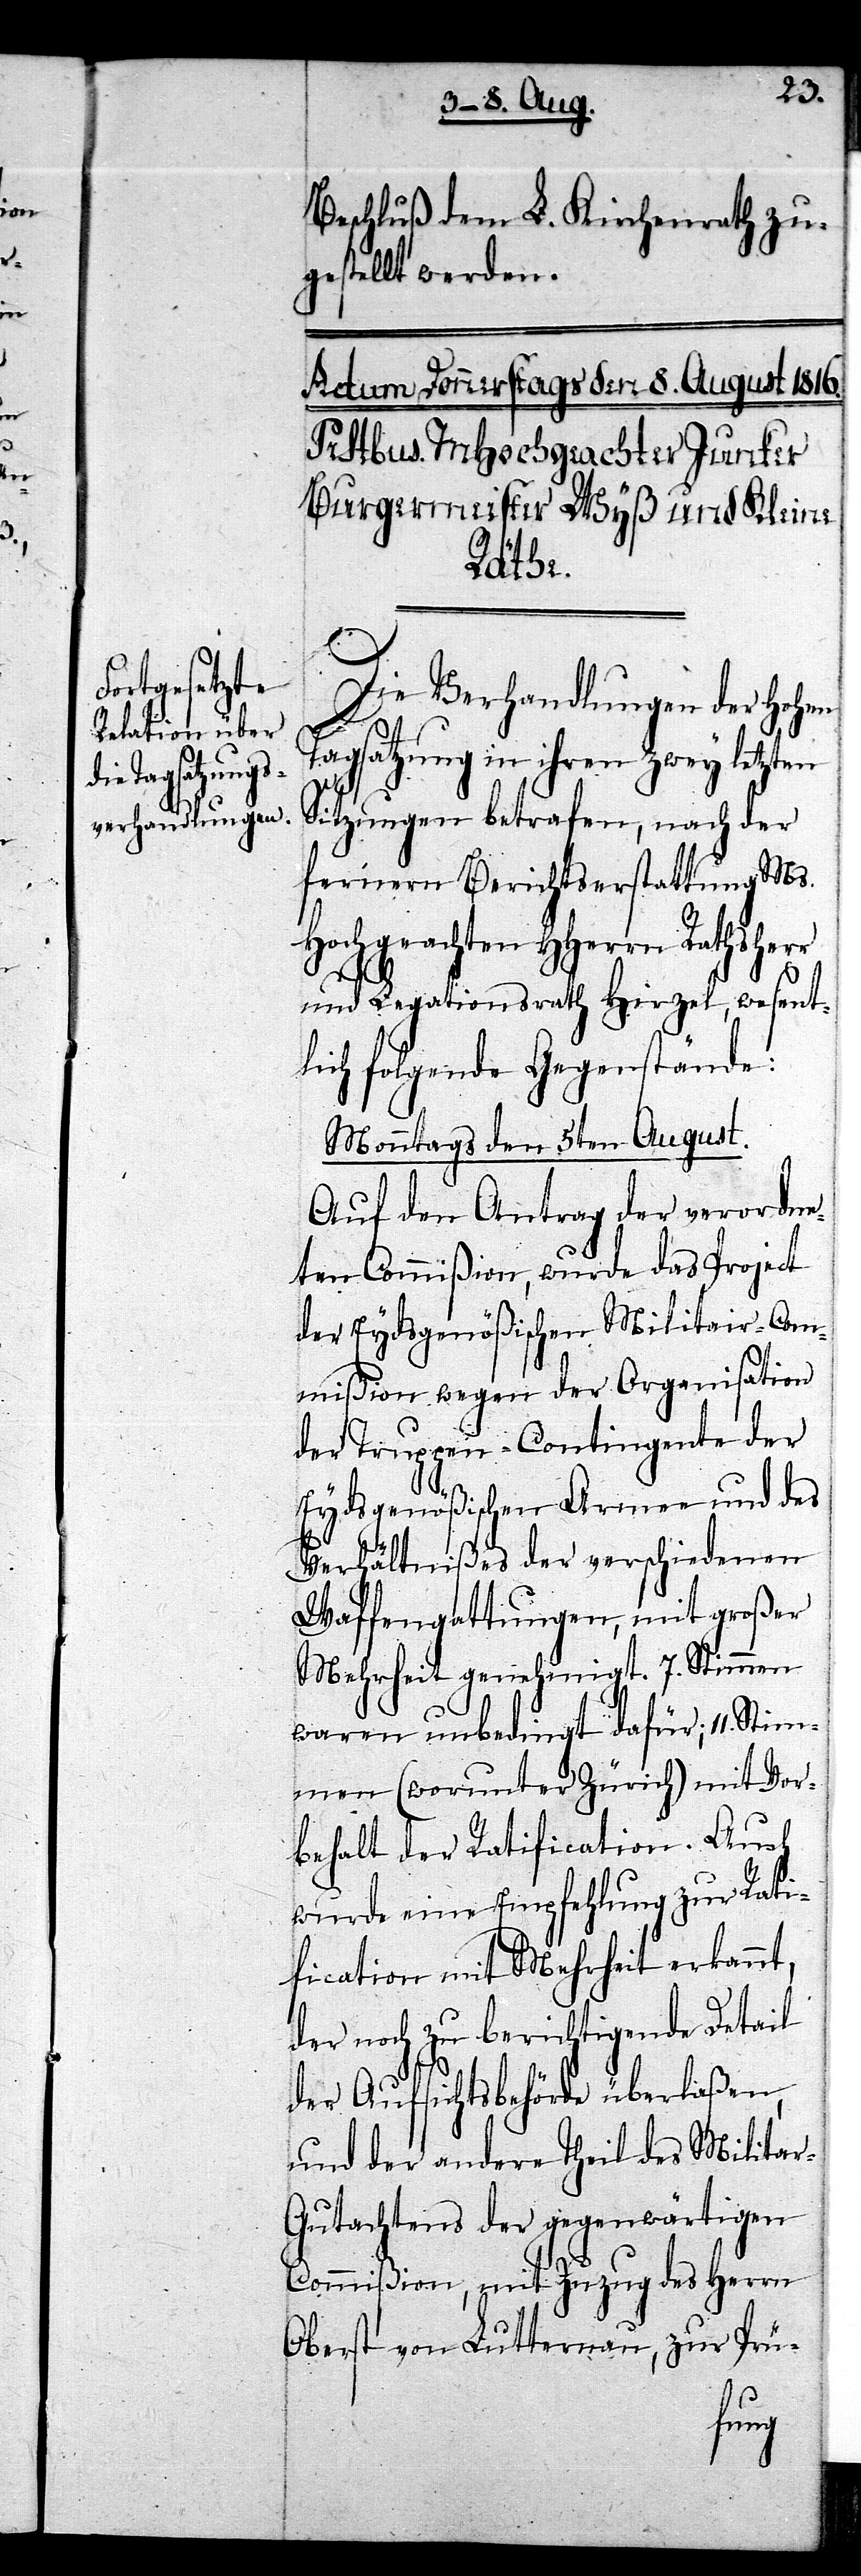
Beschluß dem L. Kirchenrath zu¬
gestellt werden.
Die Verhandlungen der Hohen
Tagsatzung in ihren zwey letzten
Sitzungen betrafen, nach der
fernern Berichtserstattung Ms.
Hochgeachten HHerrn Rathsherr
und Legationsrath Hirzel, wesent¬
lich folgende Gegenstände:
Monntags den 5ten August.
Auf den Antrag der verordne¬
ten Commißion, wurde das Project
der Eydsgenößischen Militair-Com¬
mißion wegen der Organisation
der Truppen-Contingente der
Eydsgenößischen Armee und des
Verhältnißes der verschiedenen
Waffengattungen, mit großer
Mehrheit genehmigt. 7. Stimmen
waren unbedingt dafür; 11. Stim¬
men (worunter Zürich) mit Vor¬
behalt der Ratification. Auch
wurde eine Empfehlung zur Rati¬
fication mit Mehrheit erkannt,
der noch zu berichtigende Detail
der Aufsichtsbehörde überlaßen,
und der andere Theil des Milita¬
r-Gutachtens der gegenwärtigen
Commißion, mit Zuzug des Herrn
Oberst von Lutternau, zur Prü-